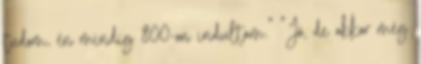
tudom, én mindig 800-on indultam." "Jó, de akkor még